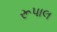
રૂપાલ